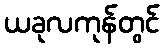
ယခုလကုန်တွင်